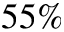
5 5 \%